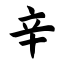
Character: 辛